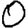
Digit: 0